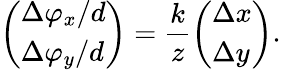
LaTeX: \left(\begin{array}{l}{\Delta\varphi_{x}/d}\\ {\Delta\varphi_{y}/d}\end{array}\right)=\frac{k}{z}\left(\begin{array}{l}{\Delta x}\\ {\Delta y}\end{array}\right).